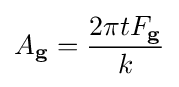
A_{\mathbf {g} }={\frac {2\pi tF_{\mathbf {g} }}{k}}